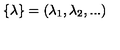
\{ \lambda \} = ( \lambda _ { 1 } , \lambda _ { 2 } , . . . )